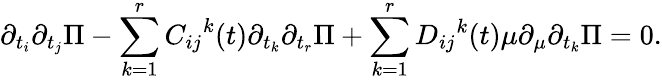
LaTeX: \partial_{t_{i}}\partial_{t_{j}}\Pi-\sum_{k=1}^{r}{C_{ij}}^{k}(t)\partial_{t_{k}}\partial_{t_{r}}\Pi+\sum_{k=1}^{r}{D_{ij}}^{k}(t)\mu\partial_{\mu}\partial_{t_{k}}\Pi=0.